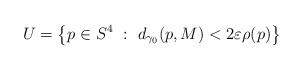
LaTeX: \begin{align*}U=\left\{p\in S^4 \ : \ d_{\gamma_0}(p,M)<2\varepsilon\rho(p)\right\}\end{align*}